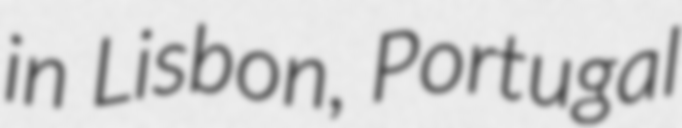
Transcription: in Lisbon, Portugal